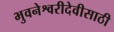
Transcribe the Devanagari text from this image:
भुवनेश्वरीदेवीसाठी